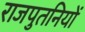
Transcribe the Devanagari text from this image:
राजपुतनियों